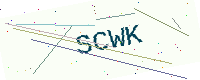
Text: SCWK